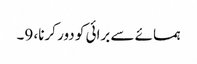
ہمسائے سے برائی کو دور کرنا، 9۔